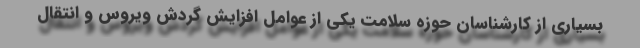
بسیاری از کارشناسان حوزه سلامت یکی از عوامل افزایش گردش ویروس و انتقال